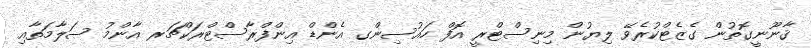
ޤާނޫނީގޮތުން ގެޒެޓްކުރެވޭ ލިޔުން މިނިސްޓްރީ އޮފް ހައުސިންގ އެންޑް އިންފްރާސްޓްރަކްޗަރ އާންމު ސަލާމަތާއި